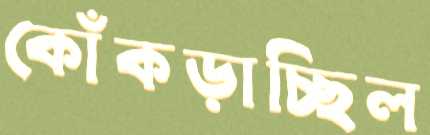
কোঁকড়াচ্ছিল